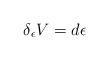
LaTeX: \begin{align*} \delta_\epsilon V = d \epsilon\end{align*}